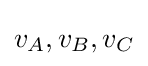
v_{A},v_{B},v_{C}